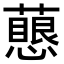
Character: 𧁊